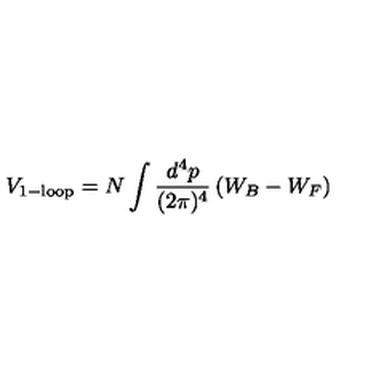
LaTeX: V _ { \mathrm { \footnotesize 1 - l o o p } } = N \int \frac { d ^ { 4 } p } { ( 2 \pi ) ^ { 4 } } \left( W _ { B } - W _ { F } \right)